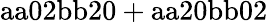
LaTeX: \mathrm{aa02bb20+aa20bb02}